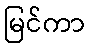
မြင်ကာ